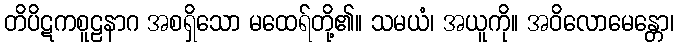
တိပိဋကစူဠနာဂ အစရှိသော မထေရ်တို့၏။ သမယံ၊ အယူကို။ အဝိလောမေန္တော၊